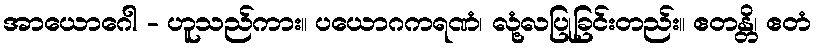
အာယောဂေါ - ဟူသည်ကား။ ပယောဂကရဏံ၊ လုံ့လပြုခြင်းတည်း။ ဧတန္တိ၊ ဧတံ